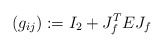
\begin{align*}(g_{ij}):=I_2+J_f^T E J_f\end{align*}